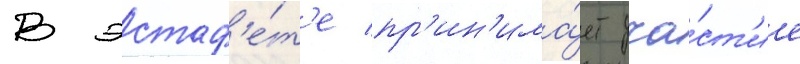
В эстаф'е́т'е пр'ин'има́ет уча́ст'ие